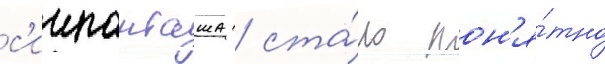
с'иипанташа / ста́ло пон'я́тно